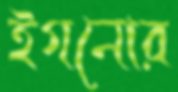
ইগনোর